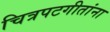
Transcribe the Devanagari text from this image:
चित्रपटगीतांना